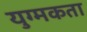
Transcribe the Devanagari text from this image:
युग्मकता